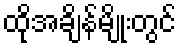
ထိုအချိန်မျိုးတွင်